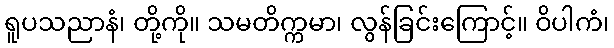
ရူပသညာနံ၊ တို့ကို။ သမတိက္ကမာ၊ လွန်ခြင်းကြောင့်။ ဝိပါကံ၊